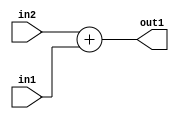
`timescale 1ps / 1ps
/*****************************************************************************
    Verilog RTL Description
    
    
    Created by: Stratus DpOpt 2019.1.01 
*******************************************************************************/

module st_weight_addr_gen_Add_33Sx16U_33S_4_8 (
	in2,
	in1,
	out1
	); /* architecture "behavioural" */ 
input [32:0] in2;
input [15:0] in1;
output [32:0] out1;
wire [32:0] asc001;

assign asc001 = 
	+(in2)
	+(in1);

assign out1 = asc001;
endmodule

/* CADENCE  ubTwTww= : u9/ySgnWtBlWxVPRXgAZ4Og= ** DO NOT EDIT THIS LINE ******/